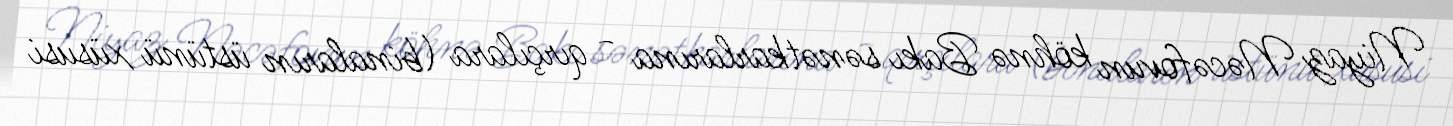
Niyaz Nəcəfovun köhnə Bakı sənətkarlarına - qırçılara (binaların üstünü xüsusi